Indian journal of veterinary science and animal husbandry - Volumes 18-21, 1948-1951
Year: 1948
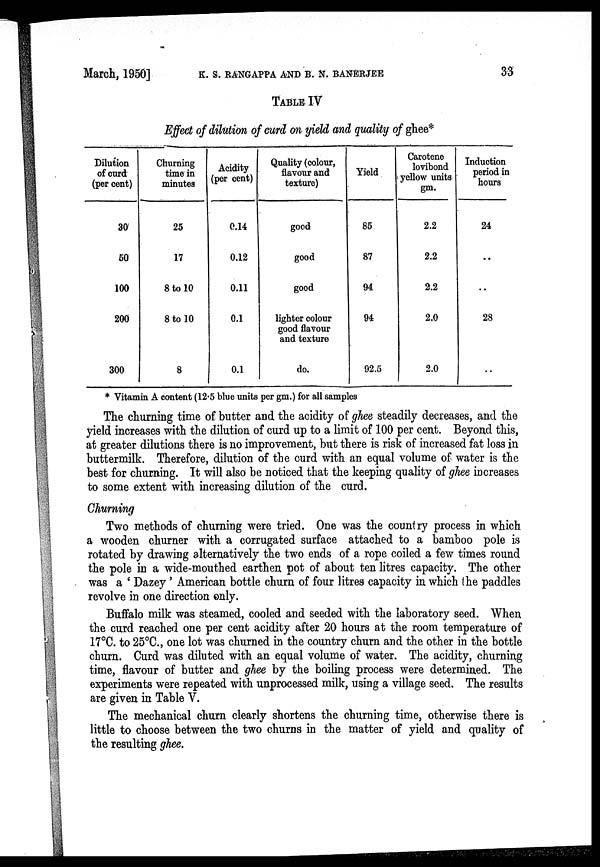
March, 1950] K. S. RANGAPPA AND B. N. BANERJEE 33
TABLE IV
Effect of dilution of curd on yield and quality of ghee*
Dilution
of curd
(per cent)
30
50
100
200
300
Churning
time in
minutes
25
17
8 to 10
8 to 10
8
Acidity
(per cent)
0.14
0.12
0.11
0.1
0.1
Quality (colour,
flavour and
texture)
good
good
good
lighter colour
good flavour
and texture
do.
Yield
85
87
94
94
92.5
Carotene
lovibond
yellow units
gm.
2.2
2.2
2.2
2.0
2.0
Induction
period in
hours
24
..
..
28
..
* Vitamin A content (12.5 blue units per gm.) for all samples
The churning time of butter and the acidity of ghee steadily decreases, and the
yield increases with the dilution of curd up to a limit of 100 per cent. Beyond this,
at greater dilutions there is no improvement, but there is risk of increased fat loss in
buttermilk. Therefore, dilution of the curd with an equal volume of water is the
best for churning. It will also be noticed that the keeping quality of ghee increases
to some extent with increasing dilution of the curd.
Churning
Two methods of churning were tried. One was the country process in which
a wooden churner with a corrugated surface attached to a bamboo pole is
rotated by drawing alternatively the two ends of a rope coiled a few times round
the pole in a wide-mouthed earthen pot of about ten litres capacity. The other
was a ' Dazey' American bottle churn of four litres capacity in which the paddles
revolve in one direction only.
Buffalo milk was steamed, cooled and seeded with the laboratory seed. When
the curd reached one per cent acidity after 20 hours at the room temperature of
17°C. to 25°C., one lot was churned in the country churn and the other in the bottle
churn. Curd was diluted with an equal volume of water. The acidity, churning
time, flavour of butter and ghee by the boiling process were determined. The
experiments were repeated with unprocessed milk, using a village seed. The results
are given in Table V.
The mechanical churn clearly shortens the churning time, otherwise there is
little to choose between the two churns in the matter of yield and quality of
the resulting ghee.